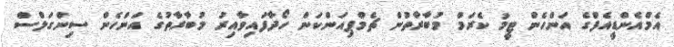
އެމްއެންޑީއެފްގެ އަންހެން ޓީމު ކެރަމް މުބާރާތުން ޗެމްޕިއަންކަން ހޯދާފައިވާއިރު މުބާރާތުގެ އަންހެން ސިންގަލްސް